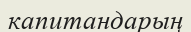
капитандарың